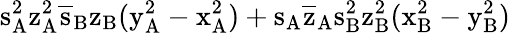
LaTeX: \mathrm{s_{A}^{2}\mathrm{z_{A}^{2}\mathrm{\overline{{s}}_{B}\mathrm{z_{B}(\mathrm{y_{A}^{2}-\mathrm{x_{A}^{2})+\mathrm{s_{A}\mathrm{\overline{{z}}_{A}\mathrm{s_{B}^{2}\mathrm{z_{B}^{2}(\mathrm{x_{B}^{2}-\mathrm{y_{B}^{2})}}}}}}}}}}}}